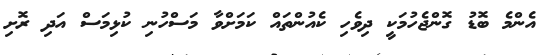
އެންމެ ބޮޑު ގޮންޖެހުމަކީ ދިވެހި ކެއުންތައް ކަމަށްވާ މަސްހުނި ކުޅިމަސް އަދި ރޮށި